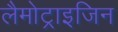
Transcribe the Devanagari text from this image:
लैमोट्राइजिन